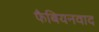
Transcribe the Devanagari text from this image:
फैबियनवाद